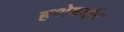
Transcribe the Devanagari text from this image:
हशेमाईट